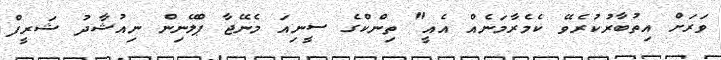
ވަރަށް އިތުބާރުކުރެވޭ ކެމެރާމަނެއް އެއީ" ތިންކްގެ ސީނިއަ މެނޭޖާ ޕްލޭނިން ނިއުޝާދު ޝަރީފް